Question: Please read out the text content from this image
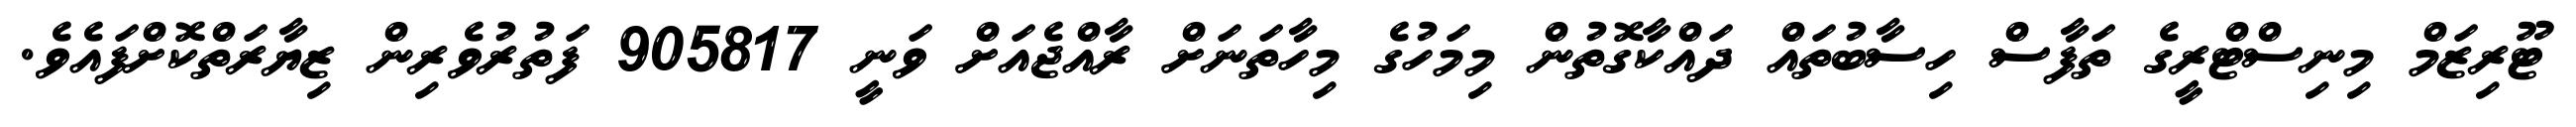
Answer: ޓޫރިޒަމް މިނިސްޓްރީގެ ތަފާސް ހިސާބުތައް ދައްކާގޮތުން މިމަހުގެ މިހާތަނަށް ރާއްޖެއަށް ވަނީ 905817 ފަތުރުވެރިން ޒިޔާރަތްކޮށްފައެވެ.